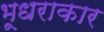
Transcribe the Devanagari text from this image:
भूधराकार